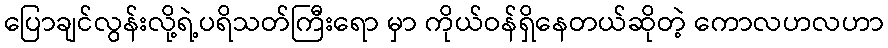
ပြောချင်လွန်းလို့ရဲ့ပရိသတ်ကြီးရော မှာ ကိုယ်ဝန်ရှိနေတယ်ဆိုတဲ့ ကောလဟလဟာ